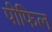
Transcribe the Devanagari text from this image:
पीफिल